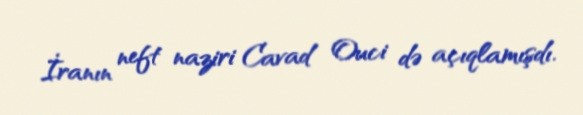
İranın neft naziri Cavad Ouci də açıqlamışdı.